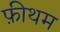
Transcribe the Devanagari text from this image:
फ़ीथम